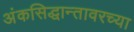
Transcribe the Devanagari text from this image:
अंकसिद्धान्तावरच्या